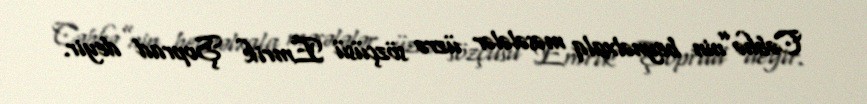
Cəbhə”nin beynəlxalq məsələlər üzrə sözçüsü Emrik Şoprad deyir.